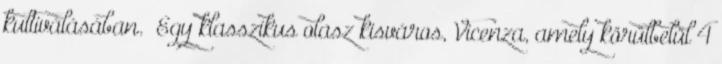
kultiválásában.” Egy klasszikus olasz kisváros, Vicenza, amely körülbelül 4